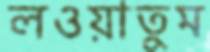
লওয়াতুম